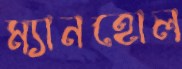
ম্যানহোল